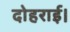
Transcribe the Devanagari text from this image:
दोहराई।